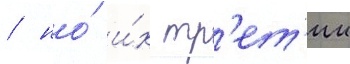
/ но́ и́х тр'ет'ии